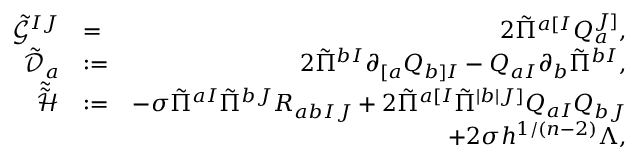
\begin{array} { r l r } { \tilde { \mathcal { G } } ^ { I J } } & { = } & { 2 \tilde { \Pi } ^ { a [ I } Q _ { a } ^ { J ] } , } \\ { \tilde { \mathcal { D } } _ { a } } & { : = } & { 2 \tilde { \Pi } ^ { b I } \partial _ { [ a } Q _ { b ] I } - Q _ { a I } \partial _ { b } \tilde { \Pi } ^ { b I } , } \\ { \tilde { \tilde { \mathcal { H } } } } & { : = } & { - \sigma \tilde { \Pi } ^ { a I } \tilde { \Pi } ^ { b J } R _ { a b I J } + 2 \tilde { \Pi } ^ { a [ I } \tilde { \Pi } ^ { | b | J ] } Q _ { a I } Q _ { b J } } \\ & { } & { + 2 \sigma h ^ { 1 / ( n - 2 ) } \Lambda , } \end{array}